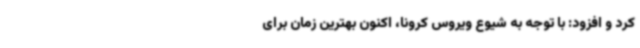
کرد و افزود: با توجه به شیوع ویروس کرونا، اکنون بهترین زمان برای